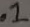
Text: .1